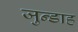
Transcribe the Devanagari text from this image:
जुन्डाह